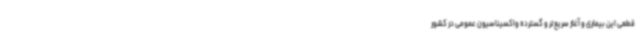
قطعی این بیماری و آغاز سریع‌تر و گسترده واکسیناسیون عمومی در کشور